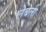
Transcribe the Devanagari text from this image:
लेबली